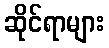
ဆိုင်ရာများ